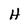
Character: H